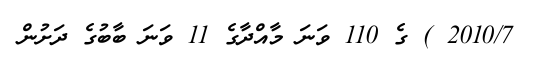
2010/7 ) ގެ 110 ވަނަ މާއްދާގެ 11 ވަނަ ބާބުގެ ދަށުން